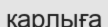
қарлыға